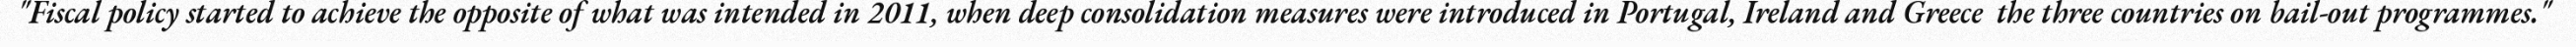
"Fiscal policy started to achieve the opposite of what was intended in 2011, when deep consolidation measures were introduced in Portugal, Ireland and Greece  the three countries on bail-out programmes."